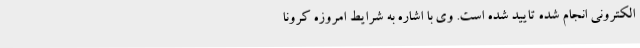
الکترونی انجام شده تایید شده است. وی با اشاره به شرایط امروزه کرونا